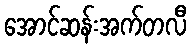
အောင်ဆန်းအက်တလီ